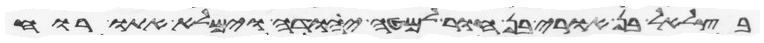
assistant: בצלאל בן אורי בן חור למטה יהודה וימלא אתו רוח